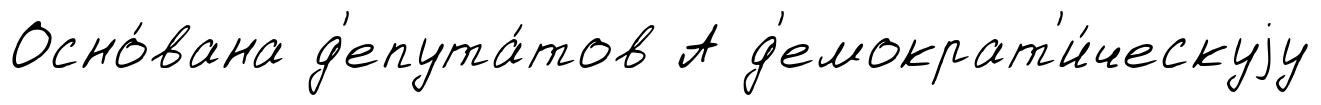
Осно́вана д'епута́тов А д'емократ'и́ческуjу